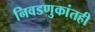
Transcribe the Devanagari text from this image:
निवडणुकांतही